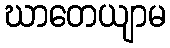
ဃာတေယျာမ